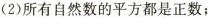
(2)所有自然数的平方都是正数；